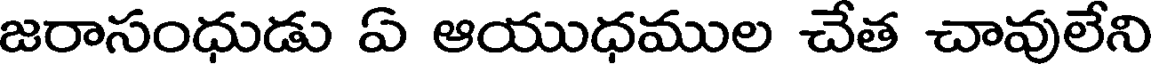
జరాసంధుడు ఏ ఆయుధముల చేత చావులేని